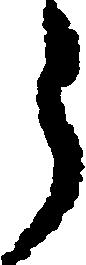
郎